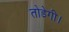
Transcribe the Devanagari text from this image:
तोडेगी।